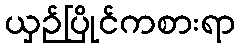
ယှဉ်ပြိုင်ကစားရာ